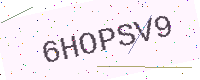
Text: 6HOPSV9